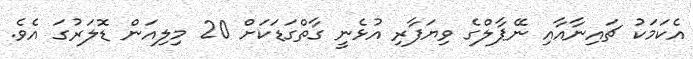
އެކަމަކު ޗައިނާއާއި ނޭޕާލްގެ ވިޔަފާރި އުޅެނީ ގާތްގަޑަކަށް 20 މިލިއަން ޑޮލަރުގަ އެވެ.